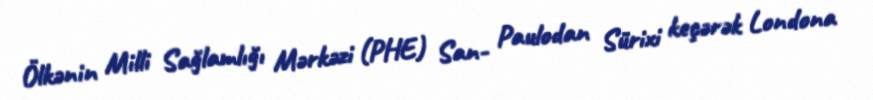
Ölkənin Milli Sağlamlığı Mərkəzi (PHE) San- Paulodan Sürixi keçərək Londona